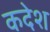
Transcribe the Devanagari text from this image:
कदेश